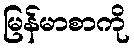
မြန်မာစာကို